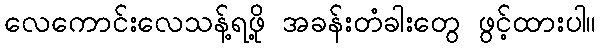
လေကောင်းလေသန့်ရဖို့ အခန်းတံခါးတွေ ဖွင့်ထားပါ။